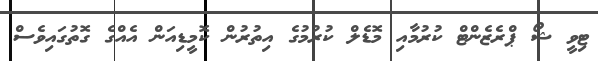
ޓިވީ ޝޯ ޕްރެޒެންޓް ކުރުމާއި މޮޑެލް ކުރުމުގެ އިތުރުން ކޮމީޑިއަން އެއްގެ ގޮތުގައިވެސް